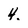
Character: 4